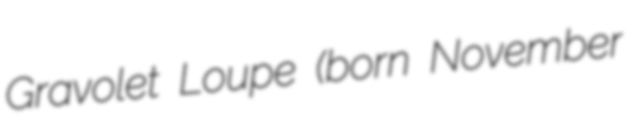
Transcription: Gravolet Loupe (born November